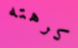
كرهته